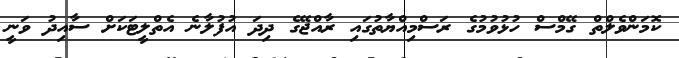
ކޮމަންވެލްތް ގޭމްސް ހުޅުވުމުގެ ރަސްމިއްޔާތުގައި ރާއްޖޭގެ ދިދަ އުފުލާނެ އެތްލީޓަކަށް ސާއިދު ވަނީ